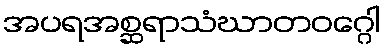
အပရအစ္ဆရာသံဃာတဝဂ္ဂေါ